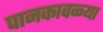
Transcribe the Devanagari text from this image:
पानकावळ्या